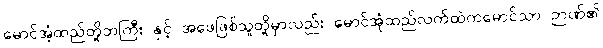
မောင်အံ့ထည်တို့ဘကြီး နှင့် အဖေဖြစ်သူတို့မှာလည်း မောင်အုံထည်လက်ထဲကမောင်သာ ဉာဏ်၏